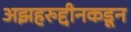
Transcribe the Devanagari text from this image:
अझहरुद्दीनकडून